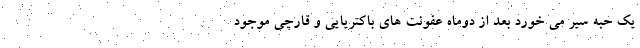
یک حبه سیر می خورد بعد از دوماه عفونت های باکتریایی و قارچی موجود